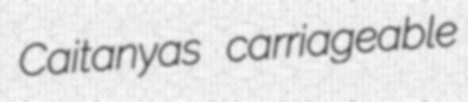
Caitanyas carriageable